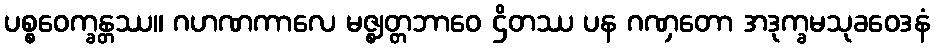
ပစ္စဝေက္ခန္တဿ။ ဂဟဏကာလေ မဇ္ဈတ္တဘာဝေ ဌိတဿ ပန ဂဏှတော အဒုက္ခမသုခဝေဒနံ